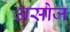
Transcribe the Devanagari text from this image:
असोज